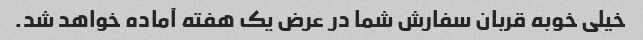
خیلی خوبه قربان سفارش شما در عرض یک هفته آماده خواهد شد.